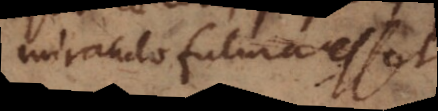
miraculo futura esset,